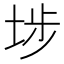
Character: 埗